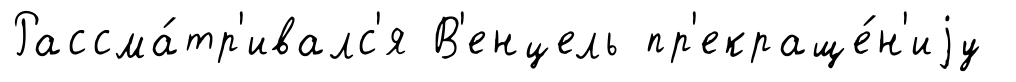
Рассма́тр'ивалс'я В'енцель пр'екраще́н'иjу